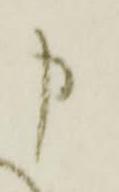
申